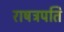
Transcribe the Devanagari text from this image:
राषट्रपति